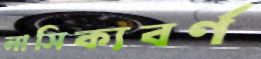
নাসিক্যবর্ণ